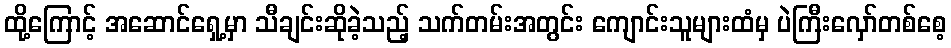
ထို့ကြောင့် အဆောင်ရှေ့မှာ သီချင်းဆိုခဲ့သည့် သက်တမ်းအတွင်း ကျောင်းသူများထံမှ ပဲကြီးလှော်တစ်စေ့